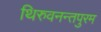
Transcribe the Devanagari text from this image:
थिरुवनन्तपुरम